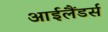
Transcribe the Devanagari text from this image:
आईलैंडर्स